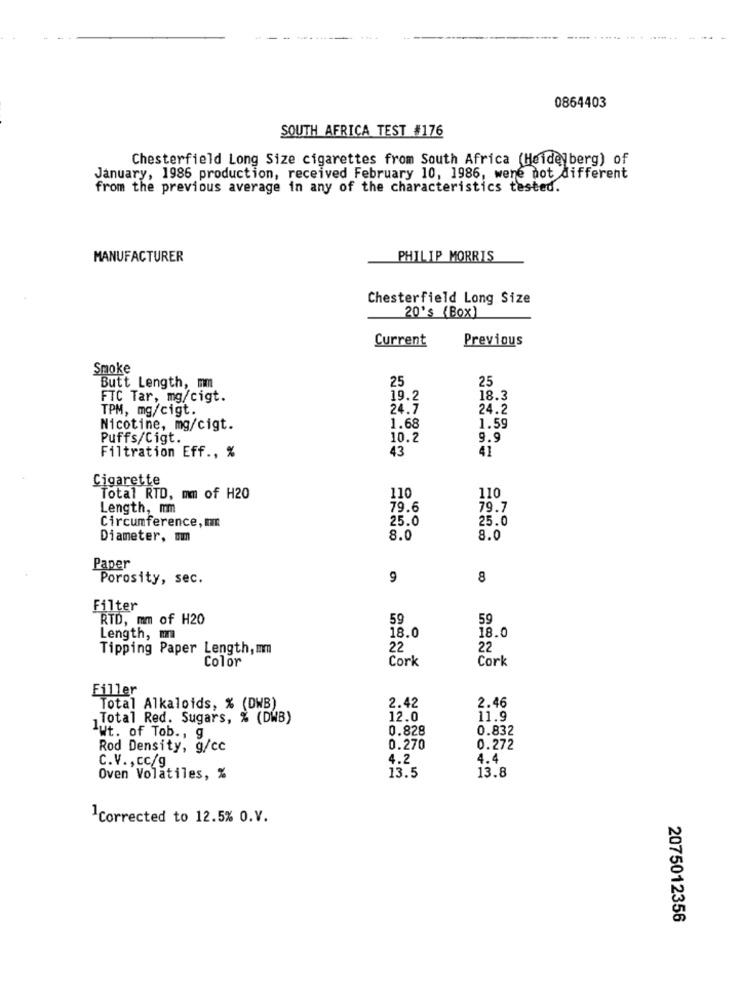
0864403
SOUTH AFRICA TEST #176
Chesterfield Long Size cigarettes from South Africa (Heidelberg) of
January, 1986 production, received February 10, 1986, were not different
from the previous average in any of the characteristics tested.
MANUFACTURER
PHILIP MORRIS
Chesterfield Long Size
20's (Box)
Current
Previous
Smoke
25
25
Butt Length, mm
FTC Tar, mg/cigt.
19.2
18.3
TPM, mg/cigt.
24.7
24.2
Nicotine, mg/cigt.
1.68
1.59
Puffs/Cigt.
10.2
9.9
43
41
Filtration Eff ., %
Cigarette
Total RTD, mm of H20
110
110
Length, mm
79.6
79.7
Circumference, mm
25.0
25.0
Diameter, mm
8.0
8.0
Paper
Porosity, sec.
9
8
Filter
RTD, mm of H20
59
59
18.0
18.0
Length, m
Tipping Paper Length, mm
22
22
Color
Cork
Cork
Filler
Total Alkaloids, % (DWB)
2.42
2.46
Total Red. Sugars, % (DWB)
12.0
11.9
0.828
0.832
-Wt. of Tob ., g
Rod Density, g/cc
0.270
0.272
C.V ., cc/g
4.2
4.4
Oven Volatiles, %
13.5
13.8
1Corrected to 12.5% 0.V.
2075012356